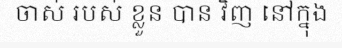
ចាស់ របស់ ខ្លួន បាន វិញ នៅក្នុង